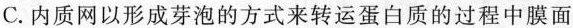
C.内质网以形成芽泡的方式来转运蛋白质的过程中膜面